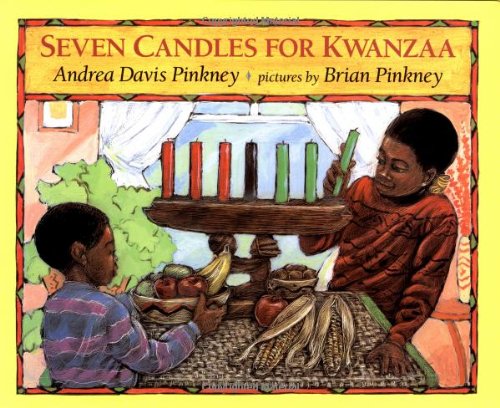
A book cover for Seven Candles for Kwanzaa; Andrea Davis Pinkney; Children's Books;